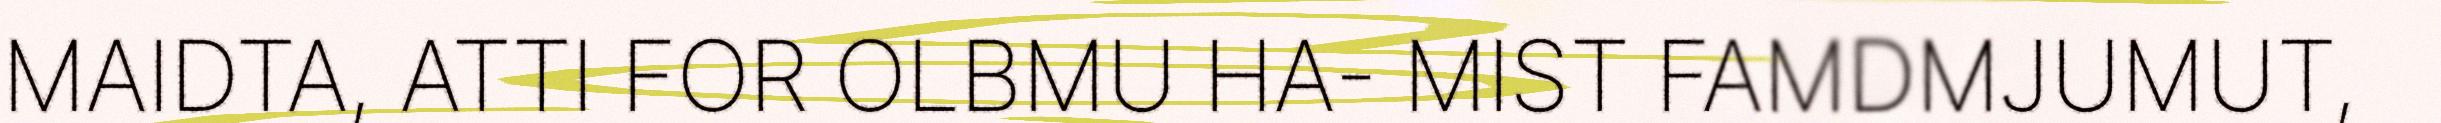
MAIDTA, ATTI FOR OLBMU HA- MIST FAMDMJUMUT,